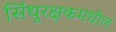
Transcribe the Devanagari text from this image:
सिंधुरक्षकमधील